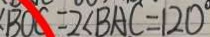
\angle B O C = 2 \angle B A C = 1 2 0 ^ { \circ }